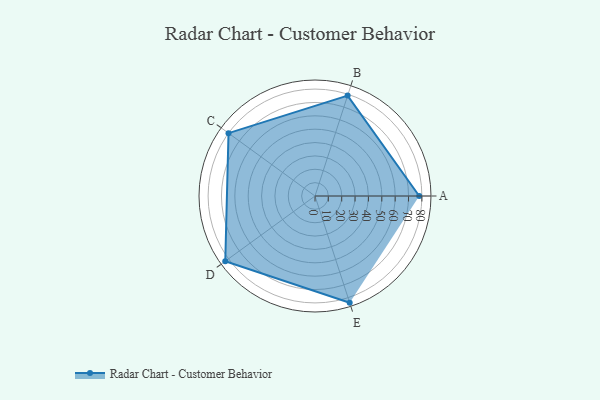
{"axis": {"x": "Skill", "y": "Score"}, "legend": ["Profile"], "data": [{"x": "A", "y": 78.0, "type": "Profile"}, {"x": "B", "y": 79.0, "type": "Profile"}, {"x": "C", "y": 80.0, "type": "Profile"}, {"x": "D", "y": 83.0, "type": "Profile"}, {"x": "E", "y": 84.0, "type": "Profile"}]}